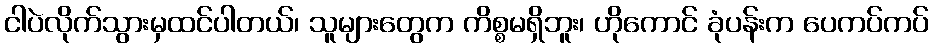
ငါပဲလိုက်သွားမှထင်ပါတယ်၊ သူများတွေက ကိစ္စမရှိဘူး၊ ဟိုကောင် ခုံပန်းက ပေကပ်ကပ်